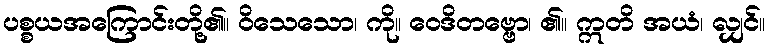
ပစ္စယအကြောင်းတို့၏။ ဝိသေသော၊ ကို။ ဝေဒိတဗ္ဗော၊ ၏။ ဣတိ အယံ၊ လျှင်။